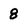
Character: 8